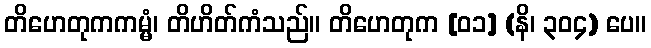
တိဟေတုကကမ္မံ၊ တိဟိတ်ကံသည်။ တိဟေတုက [၀၁] (နိ၊ ၃၀၄) ပေ။